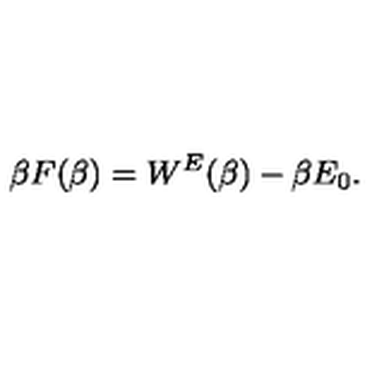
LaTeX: \beta F ( \beta ) = W ^ { E } ( \beta ) - \beta E _ { 0 } .